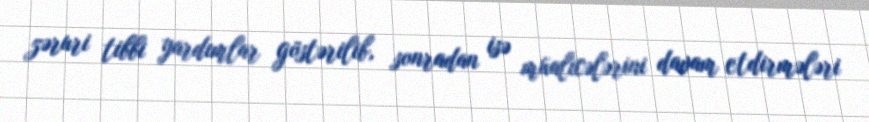
zəruri tibbi yardımlar göstərilib, sonradan isə müalicələrini davam etdirmələri